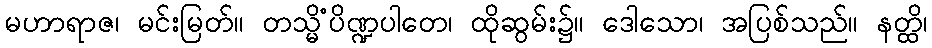
မဟာရာဇ၊ မင်းမြတ်။ တသ္မိံပိဏ္ဍပါတေ၊ ထိုဆွမ်း၌။ ဒေါသော၊ အပြစ်သည်။ နတ္ထိ၊